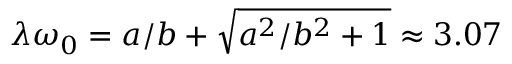
\lambda \omega _ { 0 } = a / b + \sqrt { a ^ { 2 } / b ^ { 2 } + 1 } \approx 3 . 0 7